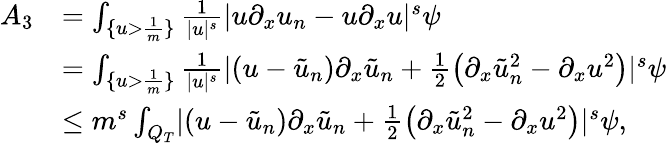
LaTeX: \begin{array}{rl}{A_{3}}&{=\int_{\{ u>\frac{1}{m}\} }\frac{1}{\lvert u\rvert^{s}}\lvert u\partial_{x}u_{n}-u\partial_{x}u\rvert^{s}\psi}\\ &{=\int_{\{ u>\frac{1}{m}\} }\frac{1}{\lvert u\rvert^{s}}\lvert\left(u-\tilde{u}_{n}\right)\partial_{x}\tilde{u}_{n}+\frac{1}{2}\left(\partial_{x}\tilde{u}_{n}^{2}-\partial_{x}u^{2}\right)\rvert^{s}\psi}\\ &{\leq m^{s}\int_{Q_{T}}\lvert\left(u-\tilde{u}_{n}\right)\partial_{x}\tilde{u}_{n}+\frac{1}{2}\left(\partial_{x}\tilde{u}_{n}^{2}-\partial_{x}u^{2}\right)\rvert^{s}\psi,}\end{array}